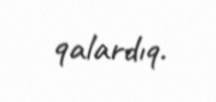
qalardıq.